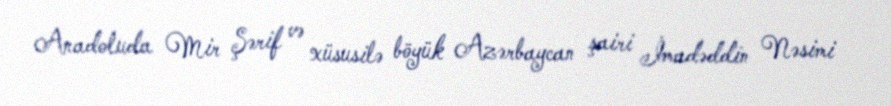
Anadoluda Mir Şərif və xüsusilə böyük Azərbaycan şairi İmadəddin Nəsimi